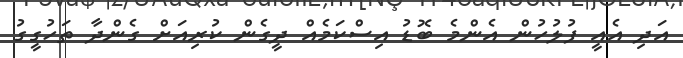
އަދި އެއީ ފުލުހުން އެންމެ ބޮޑު އިސްކަމެއް ދީގެން ކުރިއަށް ގެންދާ ތަހުގީގު